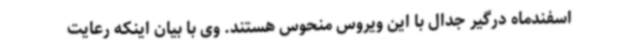
اسفندماه درگیر جدال با این ویروس منحوس هستند. وی با بیان اینکه رعایت